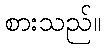
စားသည်။